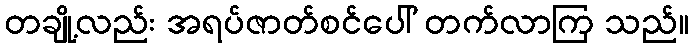
တချို့လည်း အရပ်ဇာတ်စင်ပေါ် တက်လာကြ သည်။